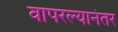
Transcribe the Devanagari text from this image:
वापरल्यानंतर